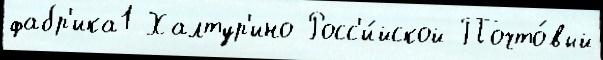
фабр'ика1 Халтур'ино Росс'и́йской Почто́вый